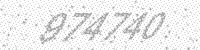
Solution: 974740